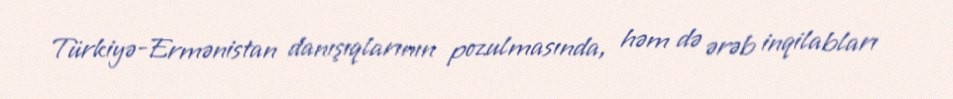
Türkiyə-Ermənistan danışıqlarının pozulmasında, həm də ərəb inqilabları